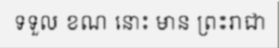
ទទួល ខណ នោះ មាន ព្រះរាជា